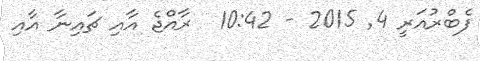
ފެބްރުއަރީ 4